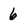
Character: 6